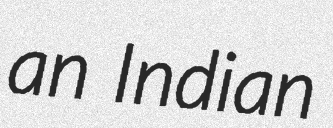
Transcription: an Indian